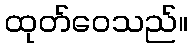
ထုတ်ဝေသည်။